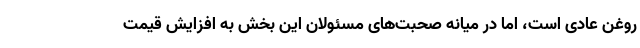
روغن عادی است، اما در میانه صحبت‌های مسئولان این بخش به افزایش قیمت